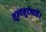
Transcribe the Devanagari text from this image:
शून्यमुदच्यते।